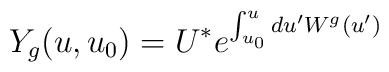
Y_g(u,u_0)=U^* e^{\int_{u_0}^u du' W^g(u')}